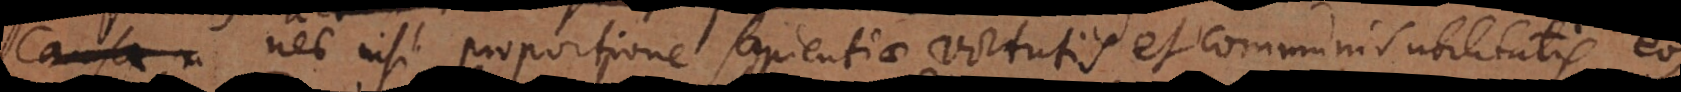
causa nec nisi proportione sapientiae, virtutis et efficaciae